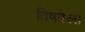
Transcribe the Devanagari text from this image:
विषवेला